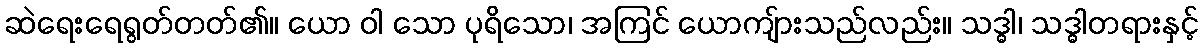
ဆဲရေးရေရွတ်တတ်၏။ ယော ဝါ သော ပုရိသော၊ အကြင် ယောကျ်ားသည်လည်း။ သဒ္ဓါ၊ သဒ္ဓါတရားနှင့်